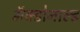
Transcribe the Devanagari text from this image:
मॅक्डोनाल्ड